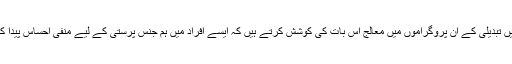
رویے میں تبدیلی کے ان پروگراموں میں معالج اس بات کی کوشش کرتے ہیں کہ ایسے افراد میں ہم جنس پرستی کے لیے منفی احساس پیدا کیا جائے۔